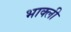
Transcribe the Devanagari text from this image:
भाक्ली